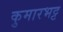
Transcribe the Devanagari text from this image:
कुमारभट्ट